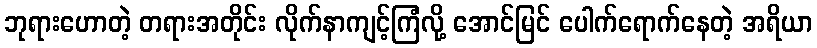
ဘုရားဟောတဲ့ တရားအတိုင်း လိုက်နာကျင့်ကြံလို့ အောင်မြင် ပေါက်ရောက်နေတဲ့ အရိယာ